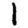
Digit: 1